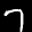
Label: 7